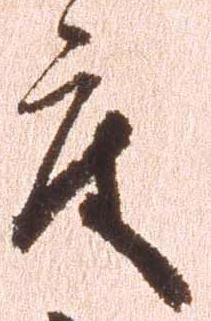
度